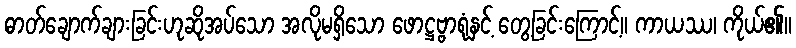
ဓာတ်ချောက်ချားခြင်းဟုဆိုအပ်သော အလိုမရှိသော ဖောဋ္ဌဗ္ဗာရုံနှင့် တွေ့ခြင်းကြောင့်။ ကာယဿ၊ ကိုယ်၏။